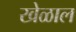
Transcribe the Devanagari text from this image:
खेळाल